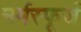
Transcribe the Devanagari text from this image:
नर्मस्फूर्ज